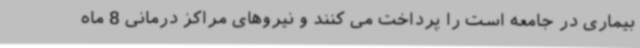
بیماری در جامعه است را پرداخت می کنند و نیروهای مراکز درمانی 8 ماه